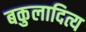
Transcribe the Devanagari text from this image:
बकुलादित्य